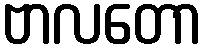
ဗာလတော